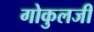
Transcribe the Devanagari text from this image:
गोकुलजी